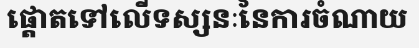
ផ្តោតទៅលើទស្សនៈនៃការចំណាយ